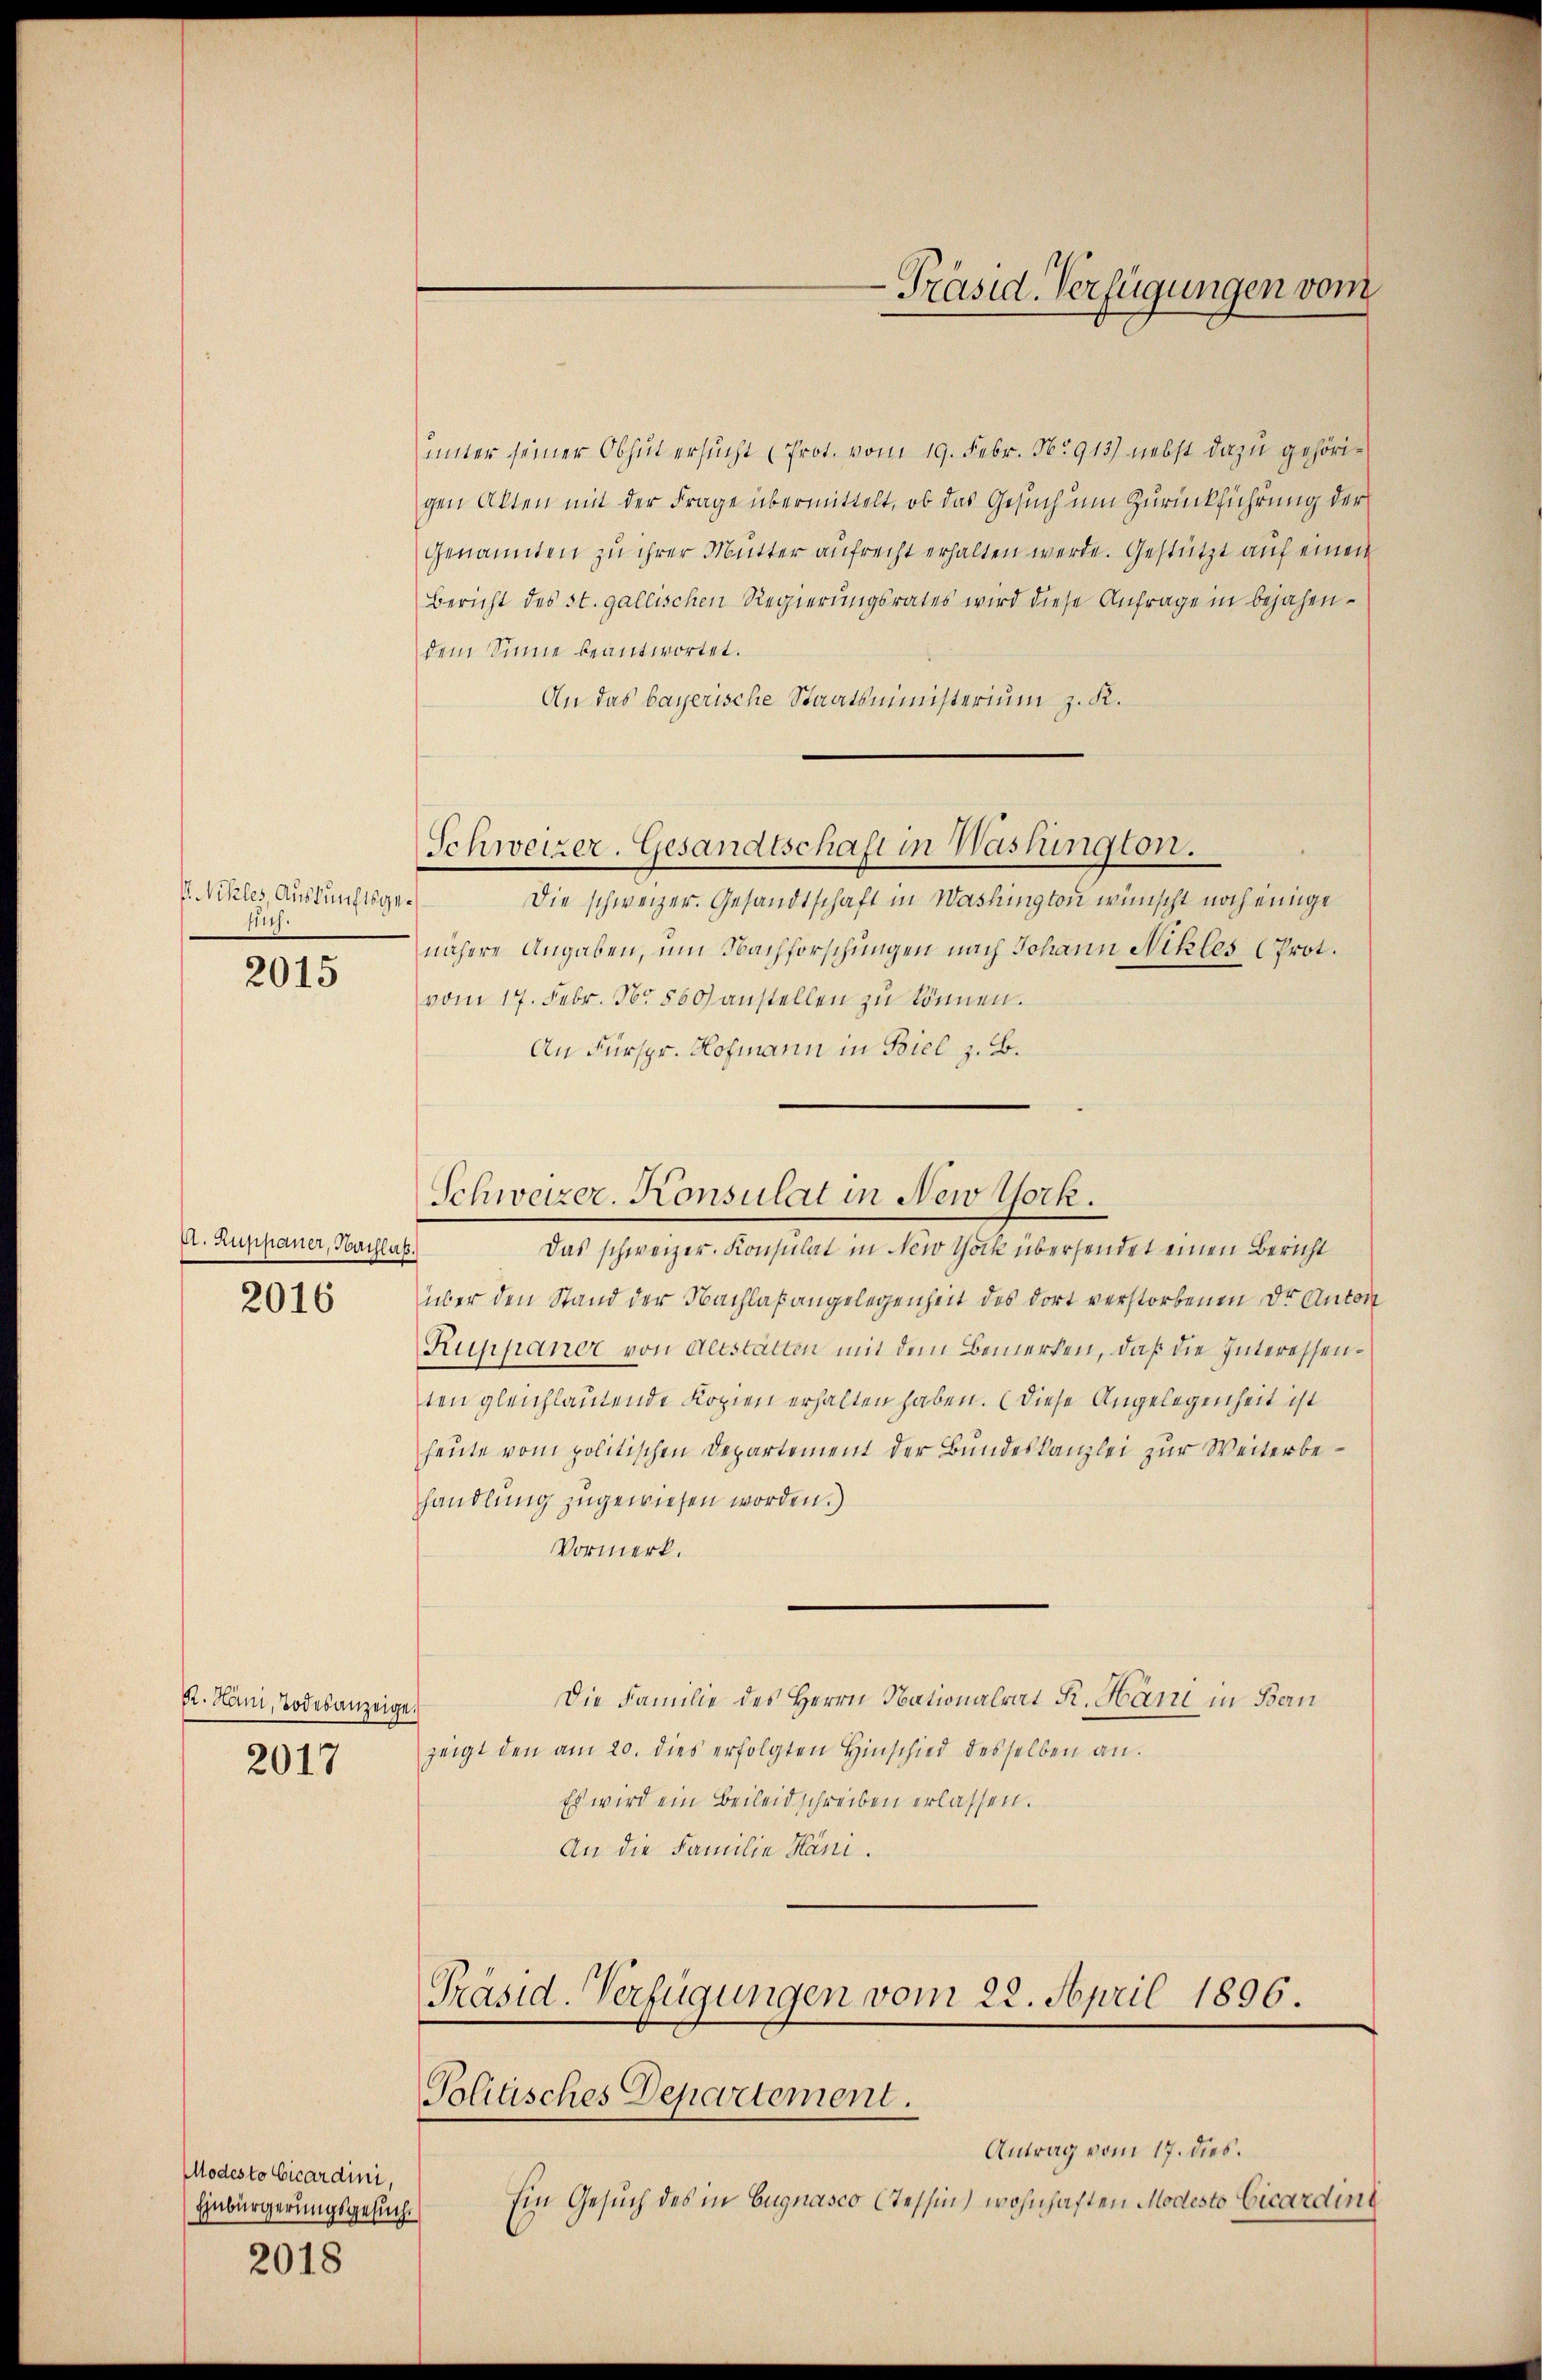
V. Nikles Auskunftsge¬
N.
2015

Et. Zuppaner, Nachlaß.
2016

Dr. Hani, Todesanzeige
2017

Modesto Vicardini,
Einbürgerungsgesuche
2018

Schweizer. Gesandtschaft in Washington.

uunter seiner Obhin ersucht (Prot. vom 19. Febr. 1913) nebst dazu gehörigen Alten mit der Frage übermittelt, ob das Gesuch um Zurückführung der
Genannten zu ihrer Mutter aufrecht erhalten werde. Gestützt auf einen
Bericht des St. Gallischen Regierungsrates wird diese Anfrage in bejahendem Sinne beantwortet.
An das bayerische Staatsministerium z. K.
Die schweizer. Gesandtschaft in Washington wünscht noch einige
nähere Angaben, um Nachforschungen nach Johann Nikles (Prot.
vom 17. Febr. Nr. 860) anstellen zu können.
An Fürspr. Hofmann in Biel z. B.
über den Stand der Nachlaßangelegenheit des dort verstorbenen Dr Anton
Ruppaner von Altstatten mit dem Bemerken, daß die Interessenten gleichlautende Kopien erhalten haben. (Diese Angelegenheit ist
heute vom politischen Departement der Bundeskanzlei zur Weiterbehandlung zugewiesen worden.)
Vormerk.
Die Familie des Herrn Nationalrat K. Häni in Bau¬
.
zeigt den am 20. dies erfolgten Hinschied desselben an.
Es wird ein Beileid schreiben erlassen.
An die Familie Häni¬
Präsid. Verfügungen vom 22. April 1896.
Politisches Departement.
Antrag vom 17. dies.
Ein Gesuch des in Eugnasco tessin, wohnhaften Modesto Vicardin

Präsid. Verfügungen vom

Schweizer. Konsulat in New York.
Das schweizer. Konsulat in New York übersendet einen Bericht